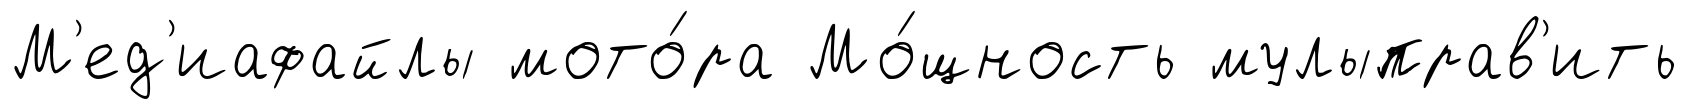
М'ед'иафайлы мото́ра Мо́щность мулыправ'ить